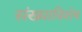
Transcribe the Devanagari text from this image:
संख्याविशेष